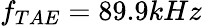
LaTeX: f_{TAE}=89.9kHz